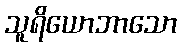
သူရိယောဘာသော